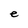
Character: e